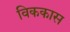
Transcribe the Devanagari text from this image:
विककास